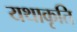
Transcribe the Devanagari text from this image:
यथाकृति